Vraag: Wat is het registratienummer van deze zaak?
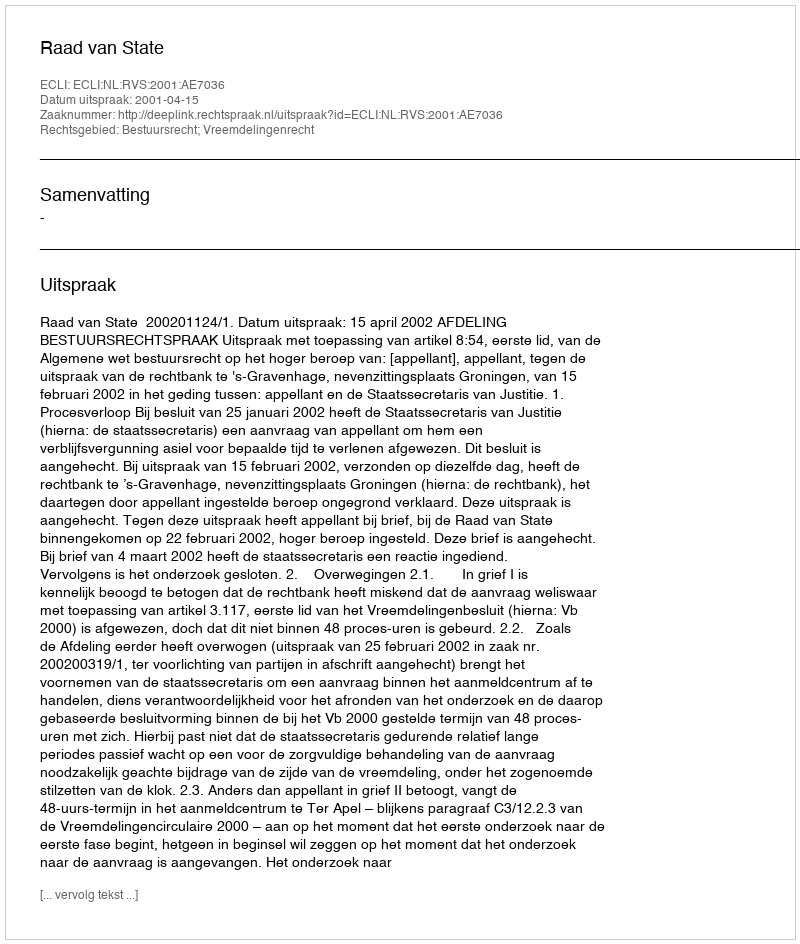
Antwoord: http://deeplink.rechtspraak.nl/uitspraak?id=ECLI:NL:RVS:2001:AE7036